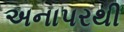
અનાપરથી